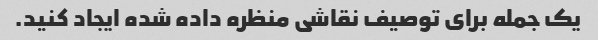
یک جمله برای توصیف نقاشی منظره داده شده ایجاد کنید.